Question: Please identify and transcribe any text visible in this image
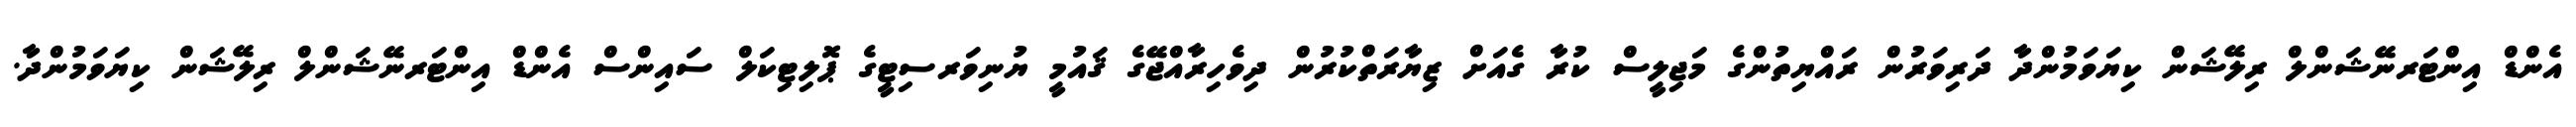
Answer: އެންޑް އިންޓަރނޭޝަންލް ރިލޭޝަން ކިޔަވަމުންދާ ދަރިވަރުން ރައްޔިތުންގެ މަޖިލީސް ކުރާ ގެއަށް ޒިޔާރަތްކުރުން ދިވެހިރާއްޖޭގެ ޤައުމީ ޔުނިވަރސިޓީގެ ޕޮލިޓިކަލް ސައިންސް އެންޑް އިންޓަރނޭޝަންލް ރިލޭޝަން ކިޔަވަމުންދާ.